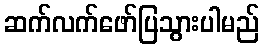
ဆက်လက်ဖော်ပြသွားပါမည်